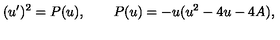
( u ^ { \prime } ) ^ { 2 } = P ( u ) , \qquad P ( u ) = - u ( u ^ { 2 } - 4 u - 4 A ) ,